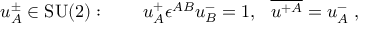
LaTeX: u _ { A } ^ { \pm } \in \mathrm { S U ( 2 ) } : \qquad u _ { A } ^ { + } \epsilon ^ { A B } u _ { B } ^ { - } = 1 , \ \ \overline { { { u ^ { + A } } } } = u _ { A } ^ { - } \; ,